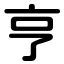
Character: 亨